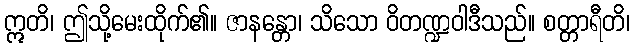
ဣတိ၊ ဤသို့မေးထိုက်၏။ ဇာနန္တော၊ သိသော ဝိတဏ္ဍဝါဒီသည်။ စတ္တာရီတိ၊